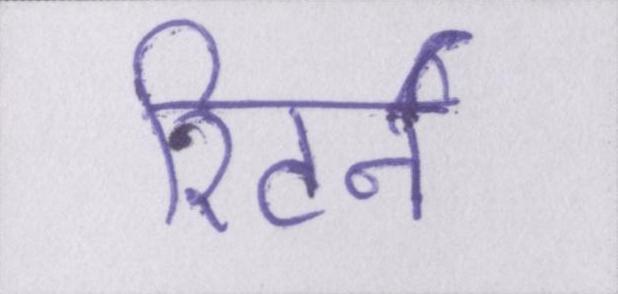
रिटर्न